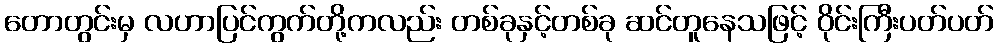
တောတွင်းမှ လဟာပြင်ကွက်တို့ကလည်း တစ်ခုနှင့်တစ်ခု ဆင်တူနေသဖြင့် ဝိုင်းကြီးပတ်ပတ်